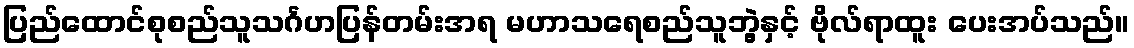
ပြည်ထောင်စုစည်သူသင်္ဂဟပြန်တမ်းအရ မဟာသရေစည်သူဘွဲ့နှင့် ဗိုလ်ရာထူး ပေးအပ်သည်။